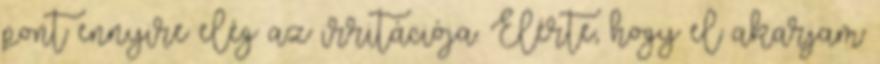
pont ennyire elég az irritációja. Elérte, hogy el akarjam